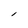
Character: l